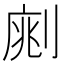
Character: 𠝡